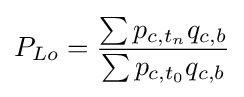
P_{Lo}={\frac {\sum p_{c,t_{n}}q_{c,b}}{\sum p_{c,t_{0}}q_{c,b}}}